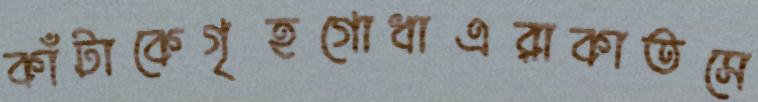
কাঁটাকেগৃহগোধাএরাকাতসে